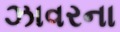
ઝાવરના